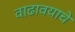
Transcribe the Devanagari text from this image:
वाढावयाचे